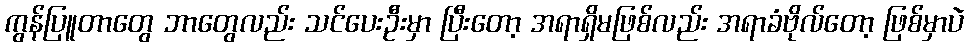
ကွန်ပြူတာတွေ ဘာတွေလည်း သင်ပေးဦးမှာ ပြီးတော့ အရာရှိမဖြစ်လည်း အရာခံဗိုလ်တော့ ဖြစ်မှာပဲ